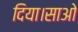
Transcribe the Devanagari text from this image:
दिया।साओ